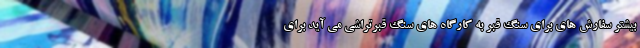
بیشتر سفارش های برای سنگ قبر به کارگاه های سنگ قبرتراشی می آید برای